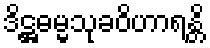
ဒိဋ္ဌဓမ္မသုခဝိဟာရန္တိ